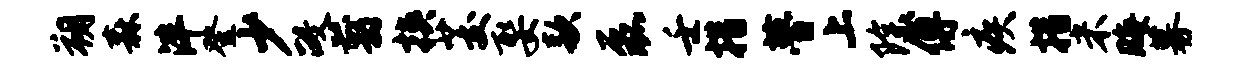
朔森泮登少政翦挟茭娶款磊壬措瞢上除傅疾措米晦募